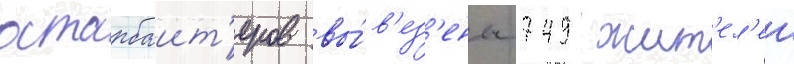
остарбаит'еров вы́в'ез'ены 749 жит'ел'еи